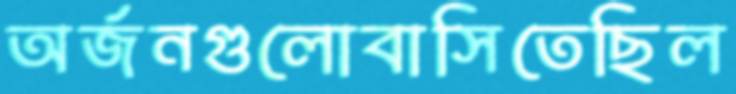
অর্জনগুলোবাসিতেছিল